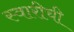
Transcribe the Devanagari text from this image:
स्वारीची